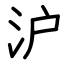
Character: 沪